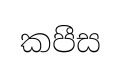
කපීස